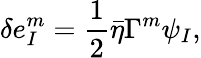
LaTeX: \delta e_{I}^{m}=\frac{1}{2}\bar{\eta}\Gamma^{m}\psi_{I},